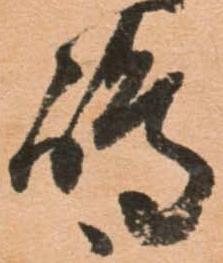
嶋